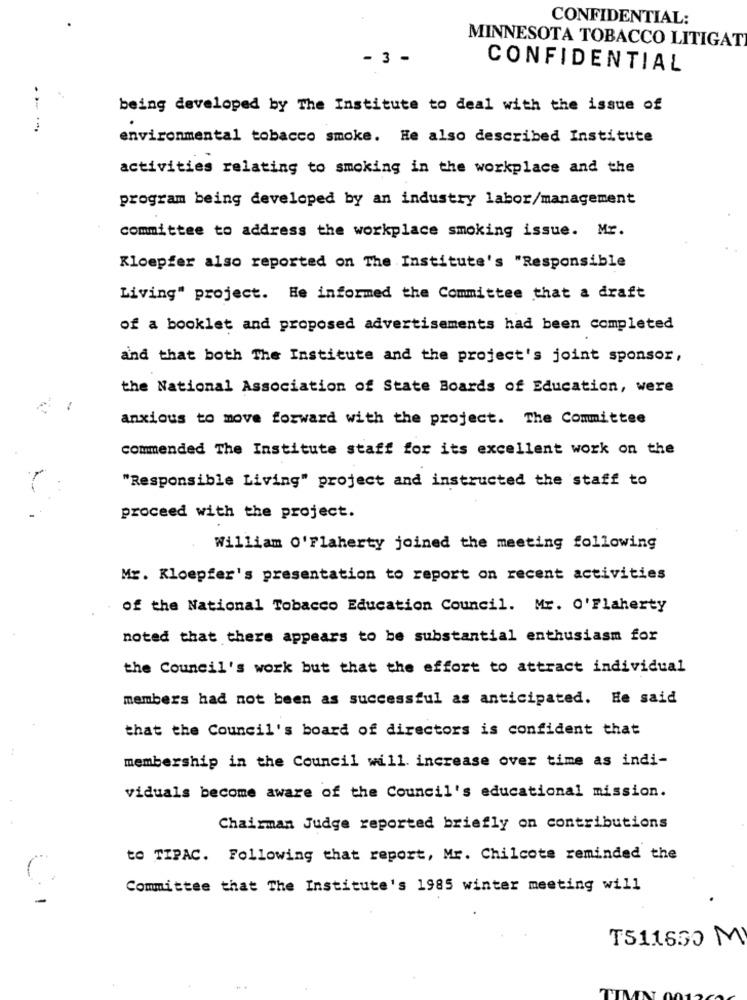
CONFIDENTIAL:
MINNESOTA TOBACCO LITIGATI
- 3 -
CONFIDENTIAL
- -
being developed by The Institute to deal with the issue of
environmental tobacco smoke. He also described Institute
activities relating to smoking in the workplace and the
program being developed by an industry labor/management
committee to address the workplace smoking issue. Mr.
Kloepfer also reported on The Institute's "Responsible
Living" project. He informed the Committee that a draft
of a booklet and proposed advertisements had been completed
and that both The Institute and the project's joint sponsor,
the National Association of State Boards of Education, were
anxious to move forward with the project. The Committee
commended The Institute staff for its excellent work on the
"Responsible Living" project and instructed the staff to
proceed with the project.
William O'Flaherty joined the meeting following
Mr. Kloepfer's presentation to report on recent activities
of the National Tobacco Education Council. Mr. O'Flaherty
noted that there appears to be substantial enthusiasm for
the Council's work but that the effort to attract individual
members had not been as successful as anticipated. He said
that the Council's board of directors is confident that
membership in the Council will increase over time as indi-
viduals become aware of the Council's educational mission.
Chairman Judge reported briefly on contributions
to TIPAC. Following that report, Mr. Chilcote reminded the
Committee that The Institute's 1985 winter meeting will
T511650 MI